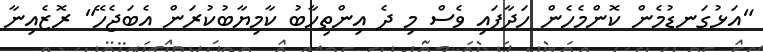
"އަޅުގަނޑުމެން ކޮންމެހެން ހަދާފައި ވެސް މި ދެ އިންތިހާބު ކާމިޔާބުކުރަން އެބަޖެހޭ" ރޮޒެއިނާ